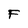
Character: F